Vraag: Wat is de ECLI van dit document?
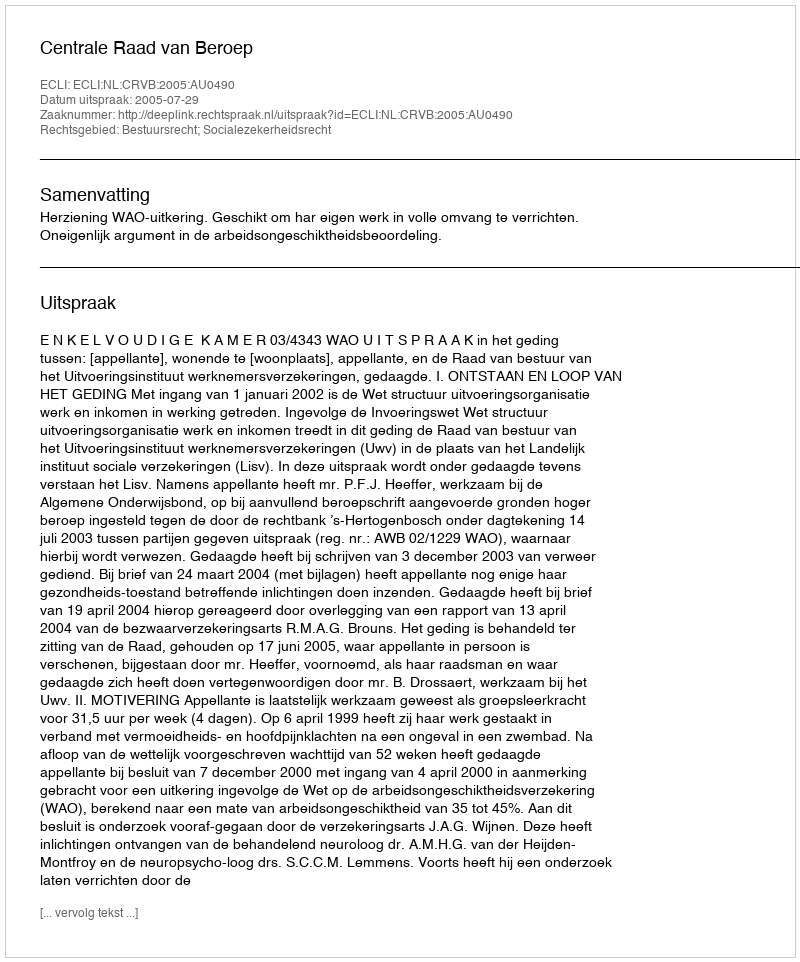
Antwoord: ECLI:NL:CRVB:2005:AU0490